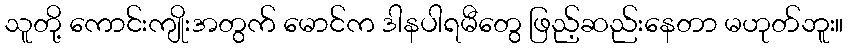
သူတို့ ကောင်းကျိုးအတွက် မောင်က ဒါနပါရမီတွေ ဖြည့်ဆည်းနေတာ မဟုတ်ဘူး။